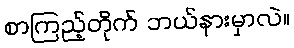
စာကြည့်တိုက် ဘယ်နားမှာလဲ။